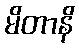
မိတာနိ